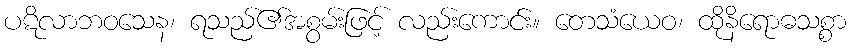
ပဋိလာဘဝသေန၊ ရသည်၏အစွမ်းဖြင့် လည်းကောင်း။ တေသံယေဝ၊ ထိုနိရောဓသစ္စာ